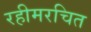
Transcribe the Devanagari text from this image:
रहीमरचित